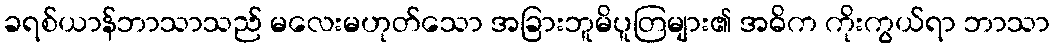
ခရစ်ယာန်ဘာသာသည် မလေးမဟုတ်သော အခြားဘူမိပူတြများ၏ အဓိက ကိုးကွယ်ရာ ဘာသာ